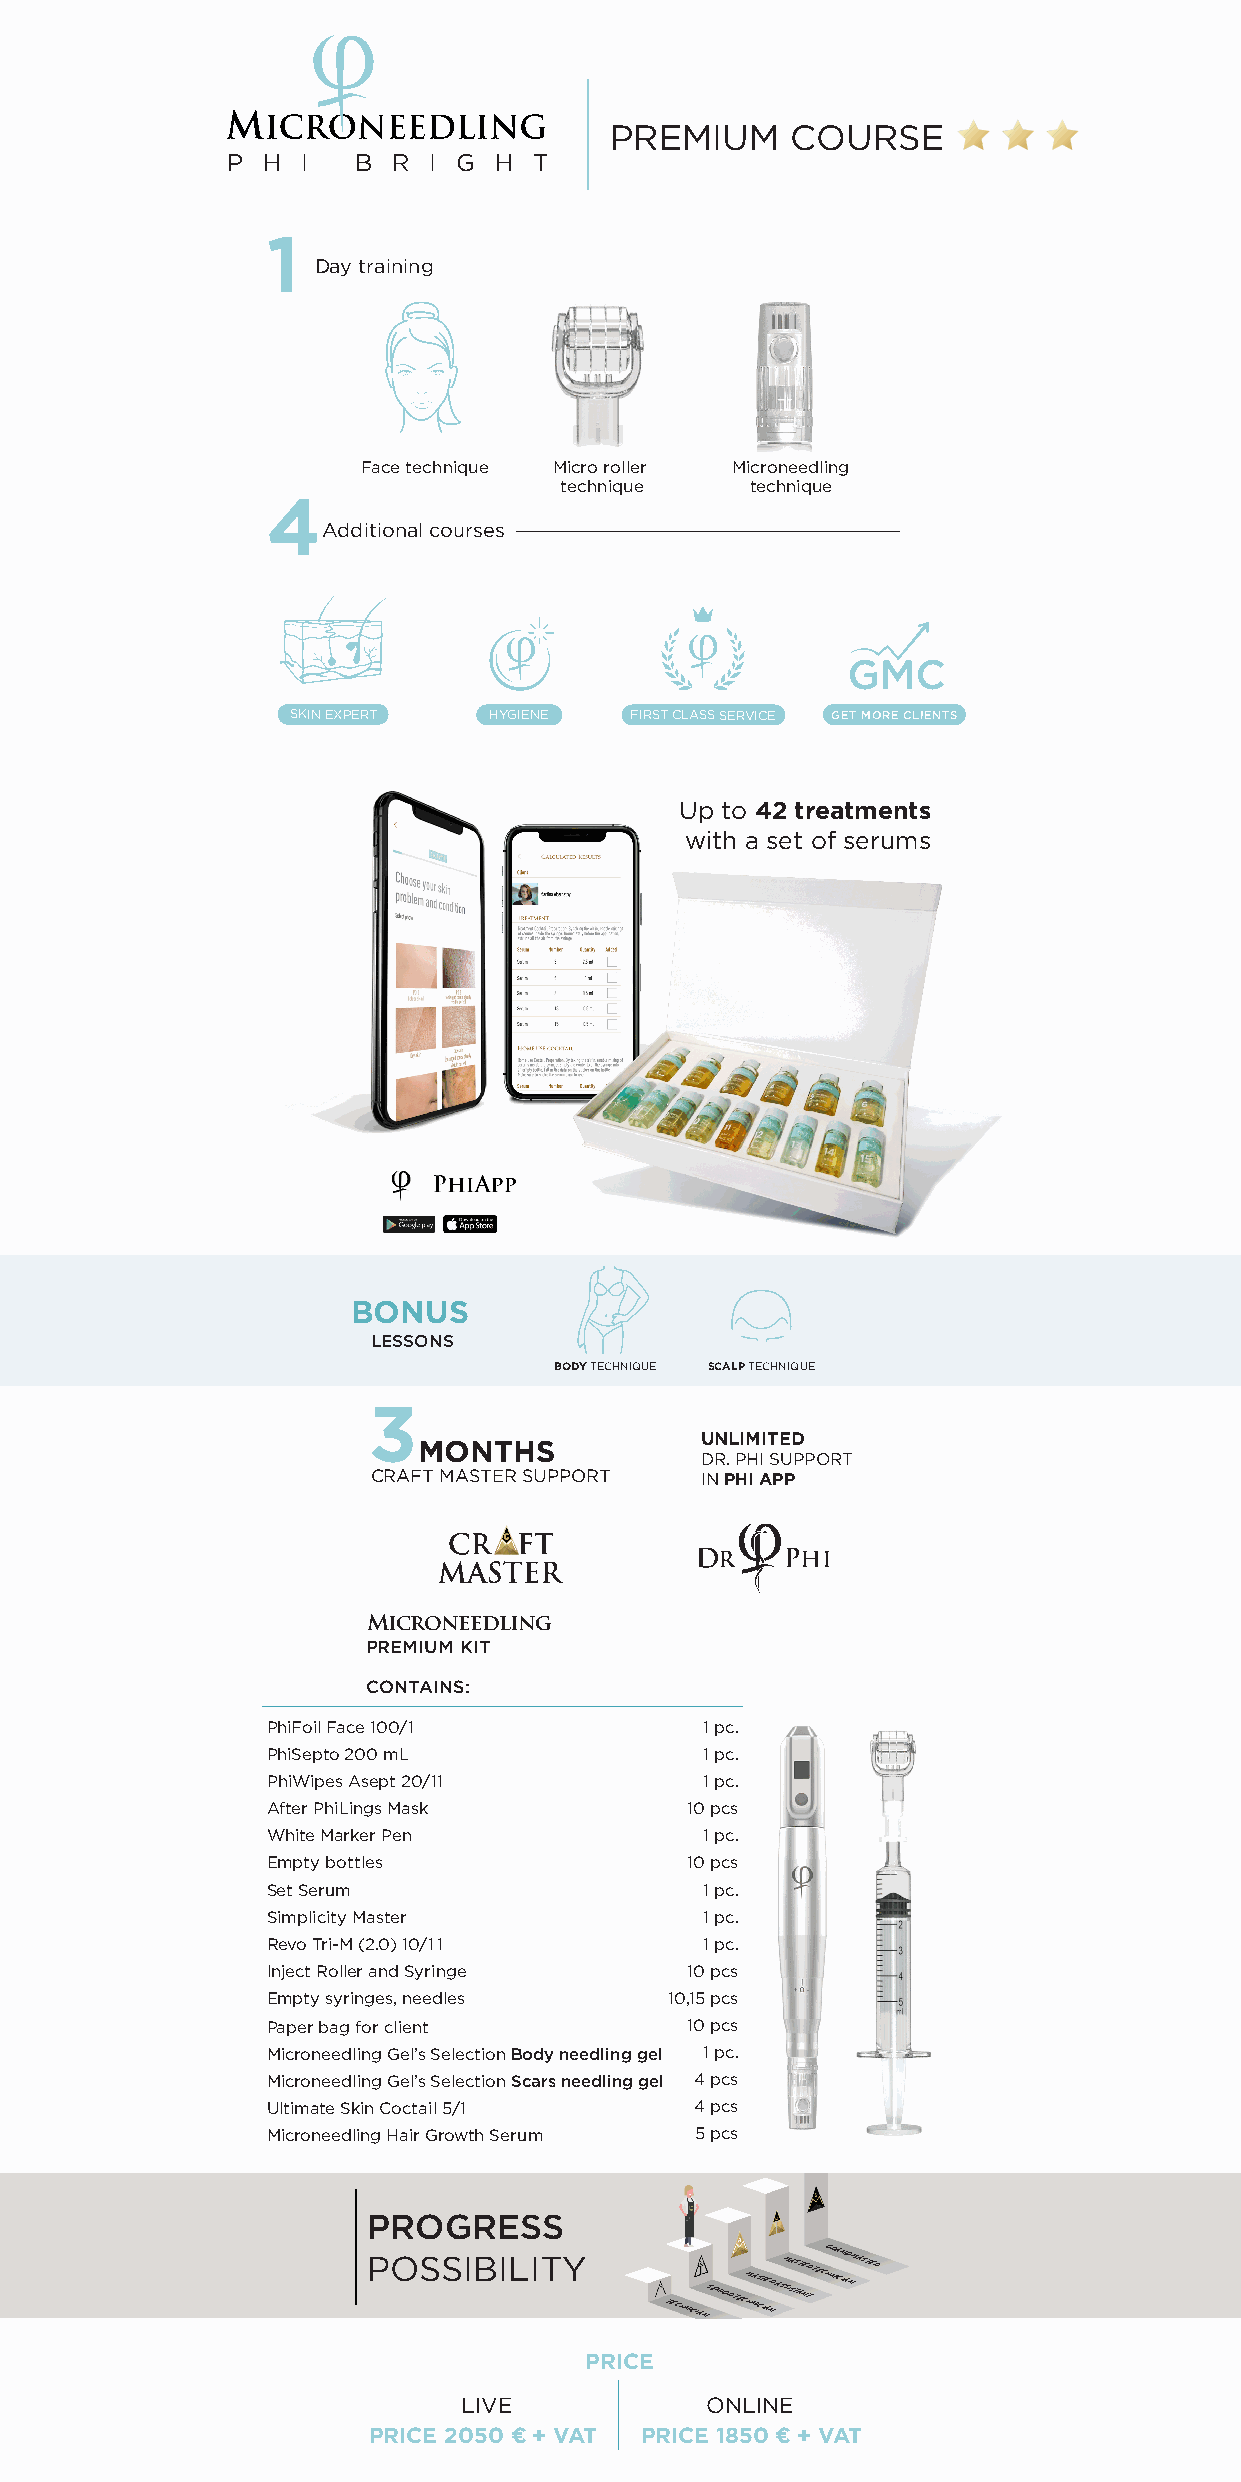
PREMIUM     COURSE
 P H  I   B R I G  H T
 1
 Day training
 Face technique Micro roller Microneedling
 technique    technique
 4
 Additional courses
 SKIN EXPERT  HYGIENE   FIRST CLASS SERVICE GET MORE CLIENTS
 Up to 42 treatments
 with a set of serums
 BONUS
 LESSONS
 BODY TECHNIQUE SCALP TECHNIQUE
 3
 UNLIMITED
 MONTHS
 DR. PHI SUPPORT
 CRAFT MASTER SUPPORT IN PHI APP
 Microneedling
 PREMIUM KIT
 CONTAINS:
 PhiFoil Face 100/1           1 pc.
 PhiSepto 200 mL              1 pc.
 PhiWipes Asept 20/1 1        1 pc.
 After PhiLings Mask        10 pcs
 White Marker Pen             1 pc.
 Empty bottles              10 pcs
 Set Serum                    1 pc.
 Simplicity Master            1 pc.
 Revo Tri-M (2.0) 10/1 1      1 pc.
 Inject Roller and Syringe  10 pcs
 Empty syringes, needles   10,15 pcs
 Paper bag for client       10 pcs
 Microneedling Gel’s Selection Body needling gel 1 pc.
 Microneedling Gel’s Selection Scars needling gel 4 pcs
 Ultimate Skin Coctail 5/1   4 pcs
 Microneedling Hair Growth Serum 5 pcs
 PROGRESS
 POSSIBILITY
 TECHNICIANSENIOR TECHM NA IS CT IAE NR
 ASSM ISA TS AT NER
 T
 TECHG NR IA CN IAD
 N
 MASTER
 PRICE
 LIVE            ONLINE
 PRICE 2050 € + VAT PRICE 1850 € + VAT